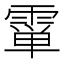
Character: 𱁞